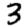
Digit: 3